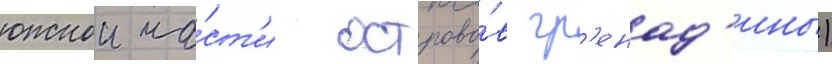
южнои ча́ст'и острово́в гр'енад'ины)